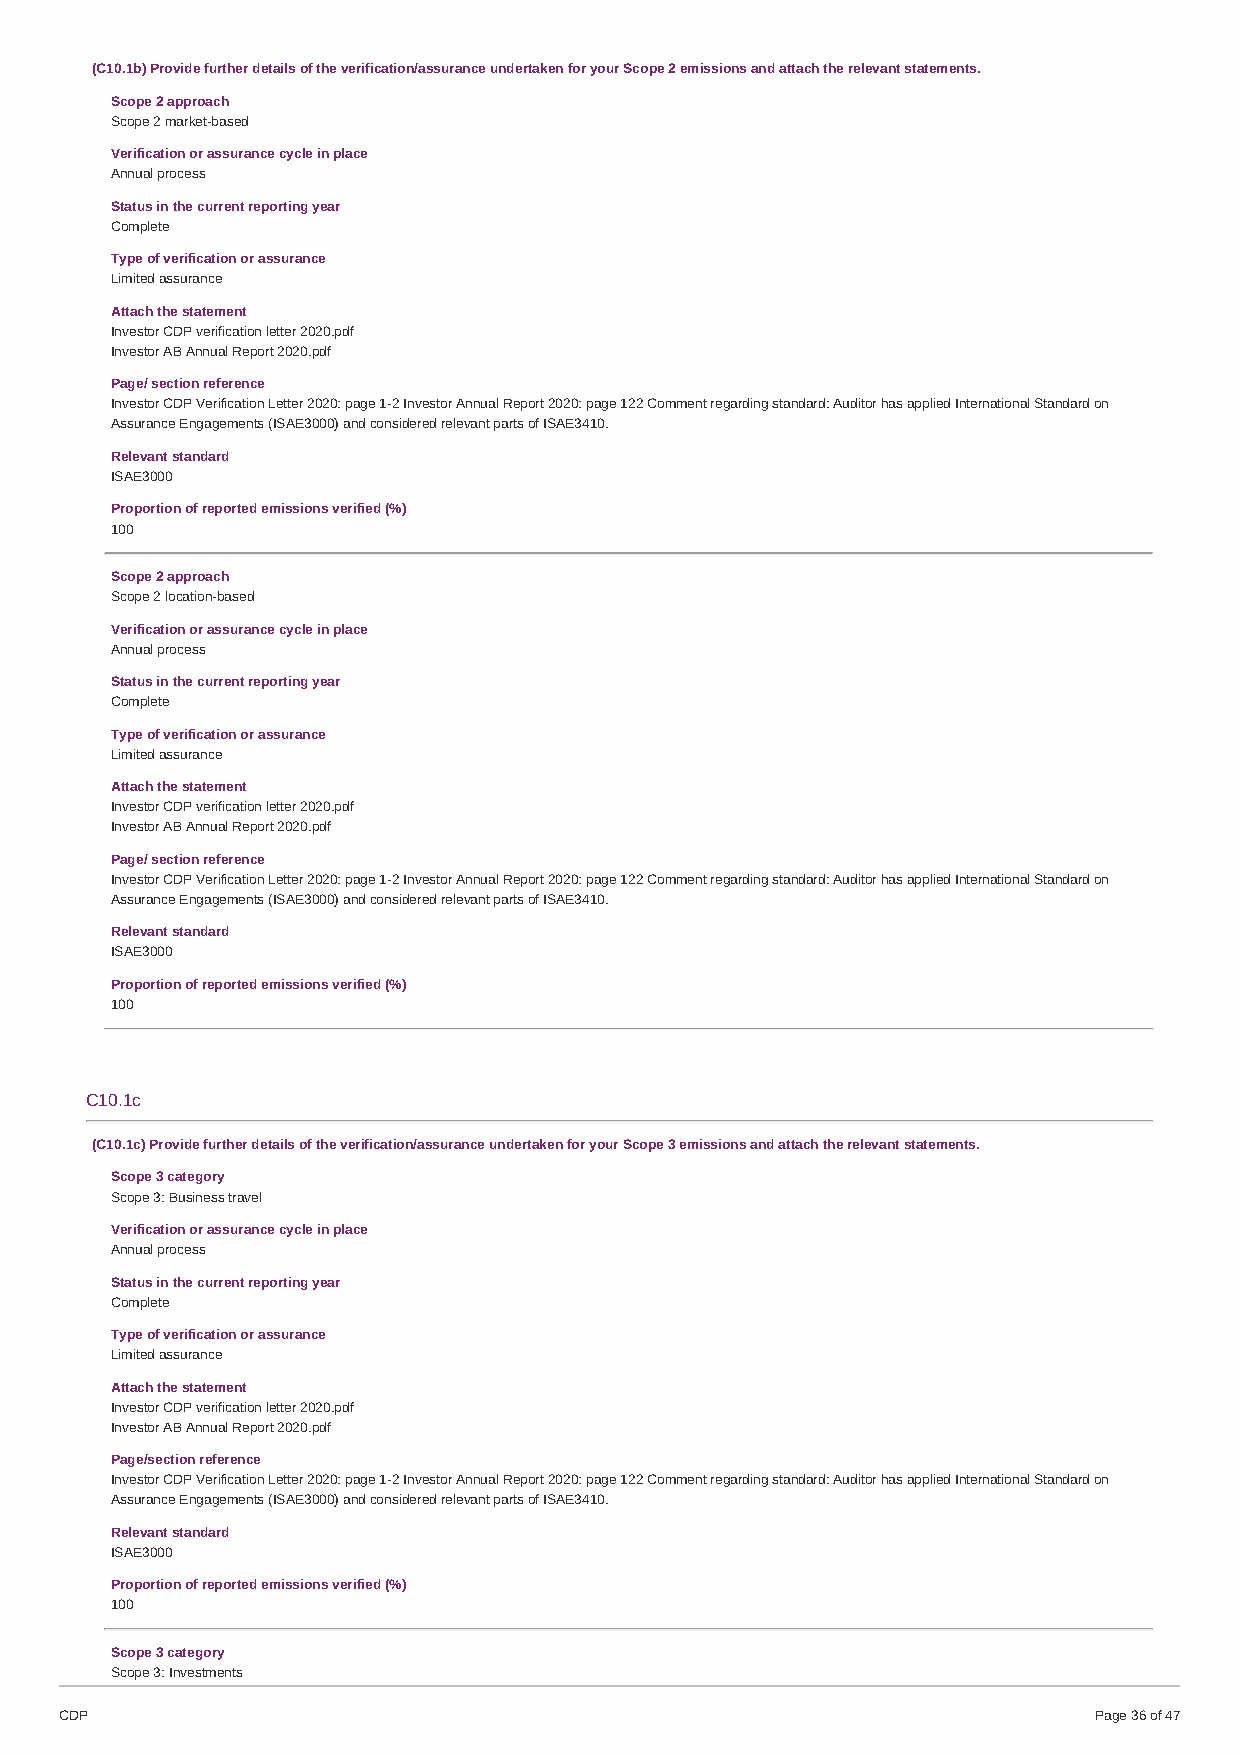
(C10.1b) Provide further details of the verification/assurance undertaken for your Scope 2 emissions and attach the relevant statements.
 Scope 2 approach
 Scope 2 market-based
 Verification or assurance cycle in place
 Annual process
 Status in the current reporting year
 Complete
 Type of verification or assurance
 Limited assurance
 Attach the statement
 Investor CDP verification letter 2020.pdf
 Investor AB Annual Report 2020.pdf
 Page/ section reference
 Investor CDP Verification Letter 2020: page 1-2 Investor Annual Report 2020: page 122 Comment regarding standard: Auditor has applied International Standard on
 Assurance Engagements (ISAE3000) and considered relevant parts of ISAE3410.
 Relevant standard
 ISAE3000
 Proportion of reported emissions verified (%)
 100
 Scope 2 approach
 Scope 2 location-based
 Verification or assurance cycle in place
 Annual process
 Status in the current reporting year
 Complete
 Type of verification or assurance
 Limited assurance
 Attach the statement
 Investor CDP verification letter 2020.pdf
 Investor AB Annual Report 2020.pdf
 Page/ section reference
 Investor CDP Verification Letter 2020: page 1-2 Investor Annual Report 2020: page 122 Comment regarding standard: Auditor has applied International Standard on
 Assurance Engagements (ISAE3000) and considered relevant parts of ISAE3410.
 Relevant standard
 ISAE3000
 Proportion of reported emissions verified (%)
 100
 C10.1c
 (C10.1c) Provide further details of the verification/assurance undertaken for your Scope 3 emissions and attach the relevant statements.
 Scope 3 category
 Scope 3: Business travel
 Verification or assurance cycle in place
 Annual process
 Status in the current reporting year
 Complete
 Type of verification or assurance
 Limited assurance
 Attach the statement
 Investor CDP verification letter 2020.pdf
 Investor AB Annual Report 2020.pdf
 Page/section reference
 Investor CDP Verification Letter 2020: page 1-2 Investor Annual Report 2020: page 122 Comment regarding standard: Auditor has applied International Standard on
 Assurance Engagements (ISAE3000) and considered relevant parts of ISAE3410.
 Relevant standard
 ISAE3000
 Proportion of reported emissions verified (%)
 100
 Scope 3 category
 Scope 3: Investments
 CDP                                                                 Page 36 of 47